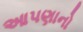
આપણાનો